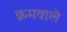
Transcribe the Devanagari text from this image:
क्रमवाले